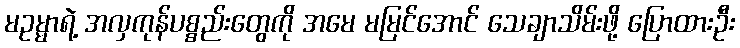
မဥမ္မာရဲ့ အလှကုန်ပစ္စည်းတွေကို အမေ မမြင်အောင် သေချာသိမ်းဖို့ ပြောထားဦး